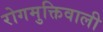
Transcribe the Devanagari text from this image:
रोगमुक्तिवाली